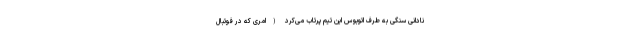
نادانی سنگی به طرف اتوبوس این تیم پرتاب می‌کرد (امری که در فوتبال